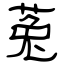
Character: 菟